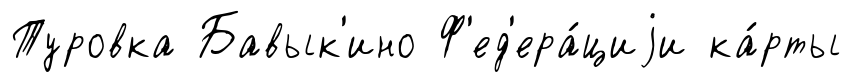
Туровка Бавык'ино Ф'ед'ера́циjи ка́рты